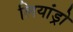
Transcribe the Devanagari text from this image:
लियांड्रो